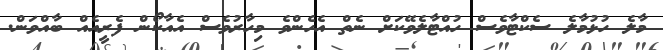
މާލެ ހުޅުމާލެ ސެކްޓާވެސް ހުއްޓާލެވޭކަށް ނެތް އެހެންވެ މިހާރުވެސް އެއާކޯން ފެރީއެއް ބާއްވަން.